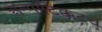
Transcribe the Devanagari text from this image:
अन्गाटिक्कटव्